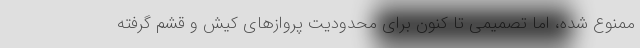
ممنوع شده، اما تصمیمی تا کنون برای محدودیت پرواز‌های کیش و قشم گرفته